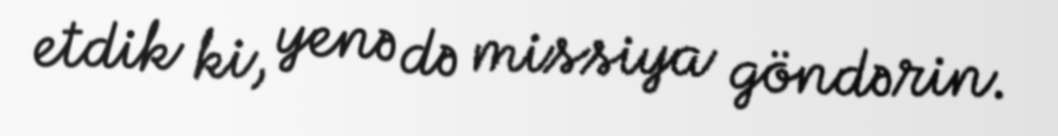
etdik ki, yenə də missiya göndərin.